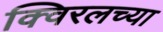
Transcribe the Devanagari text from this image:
क्विरलच्या